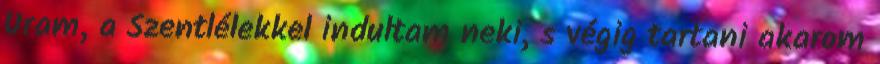
Uram, a Szentlélekkel indultam neki, s végig tartani akarom